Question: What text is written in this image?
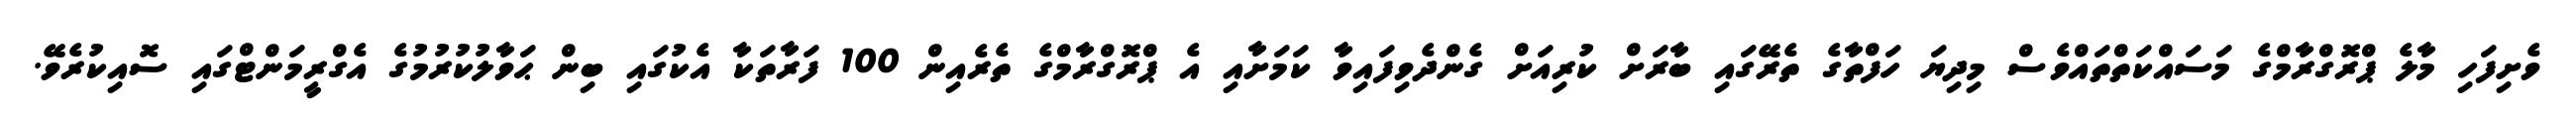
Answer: ވެށިފަހި މާލެ ޕްރޮގްރާމްގެ މަސައްކަތްތައްވެސް މިދިޔަ ހަފްތާގެ ތެރޭގައި ބާރަށް ކުރިއަށް ގެންދެވިފައިވާ ކަމަށާއި އެ ޕްރޮގްރާމްގެ ތެރެއިން 100 ފަރާތަކާ އެކުގައި ބިން ޙަވާލުކުރުމުގެ އެގްރީމަންޓްގައި ސޮއިކުރެވޭ.